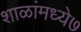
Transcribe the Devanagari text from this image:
शाळांमध्ये७